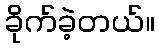
ခိုက်ခဲ့တယ်။